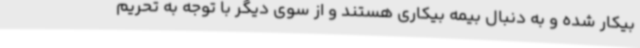
بیکار شده و به دنبال بیمه بیکاری هستند و از سوی دیگر با توجه به تحریم